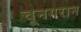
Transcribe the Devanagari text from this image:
चूनगरान